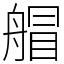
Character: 艒